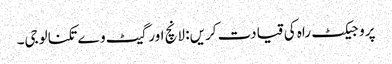
پروجیکٹ راہ کی قیادت کریں: لانچ اور گیٹ وے تکنالوجی۔